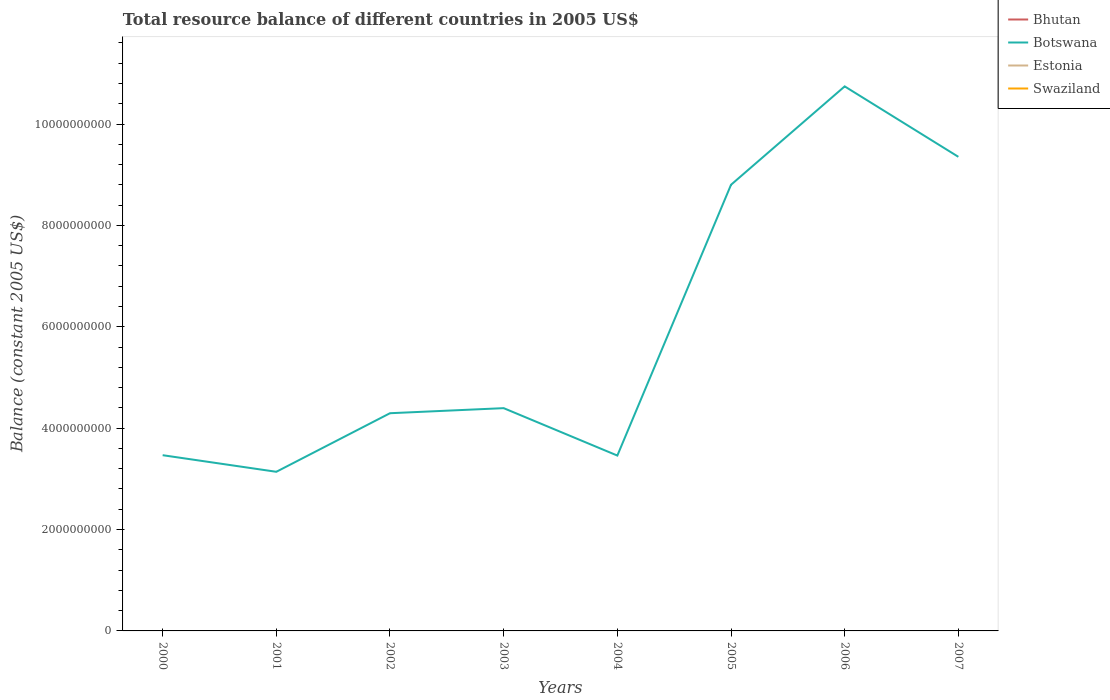
| Years | Bhutan | Botswana | Estonia | Swaziland |
 | --- | --- | --- | --- | --- |
 | 2000 | -4.84e+09 | 3.47e+09 | -2e+08 | -1.45e+09 |
 | 2001 | -4.12e+09 | 3.14e+09 | -2.76e+08 | -1.51e+09 |
 | 2002 | -5.15e+09 | 4.29e+09 | -5.79e+08 | -6.86e+08 |
 | 2003 | -5.21e+09 | 4.39e+09 | -7.39e+08 | -1.34e+08 |
 | 2004 | -8.44e+09 | 3.46e+09 | -7.65e+08 | -3.97e+08 |
 | 2005 | -8.91e+09 | 8.8e+09 | -5.75e+08 | -6.78e+08 |
 | 2006 | -1.94e+09 | 1.07e+10 | -1.37e+09 | -4.78e+08 |
 | 2007 | -1.14e+09 | 9.35e+09 | -1.44e+09 | -2.78e+08 |